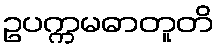
ဥပက္ကမဓာတူတိ